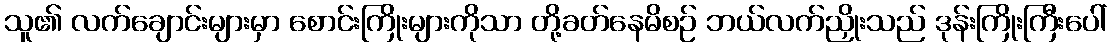
သူ၏ လက်ချောင်းများမှာ စောင်းကြိုးများကိုသာ တို့ခတ်နေမိစဉ် ဘယ်လက်ညှိုးသည် ဒုန်းကြိုးကြီးပေါ်